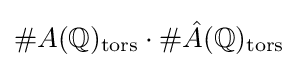
\#A(\mathbb {Q} )_{\text{tors}}\cdot \#{\hat {A}}(\mathbb {Q} )_{\text{tors}}